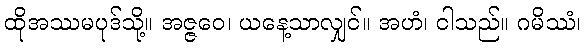
ထိုအဿမပုဒ်သို့။ အဇ္ဇဝေ၊ ယနေ့သာလျှင်။ အဟံ၊ ငါသည်။ ဂမိဿံ၊